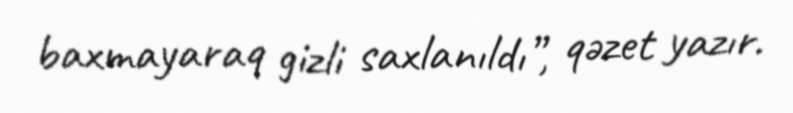
baxmayaraq gizli saxlanıldı”, qəzet yazır.